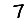
Digit: 7